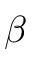
\beta